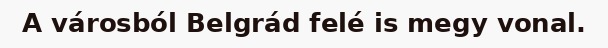
A városból Belgrád felé is megy vonal.